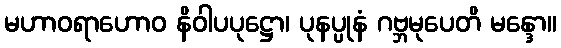
မဟာဝရာဟောဝ နိဝါပပုဋ္ဌော၊ ပုနပ္ပုနံ ဂဗ္ဘမုပေတိ မန္ဒော။